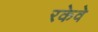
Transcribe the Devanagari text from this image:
रकेवे